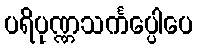
ပရိပုဏ္ဏသင်္ကပ္ပေါပေ